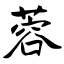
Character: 蓉